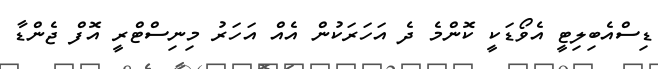
ޑިސްއެބިލިޓީ އެވޯޑަކީ ކޮންމެ ދެ އަހަރަކުން އެއް އަހަރު މިނިސްޓްރީ އޮފް ޖެންޑާ